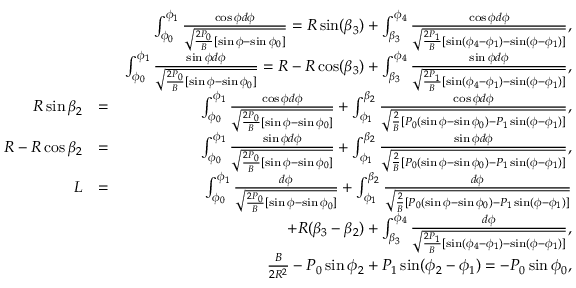
\begin{array} { r l r } & { } & { \int _ { \phi _ { 0 } } ^ { \phi _ { 1 } } \frac { \cos \phi d \phi } { \sqrt { \frac { 2 P _ { 0 } } { B } [ \sin \phi - \sin \phi _ { 0 } ] } } = R \sin ( \beta _ { 3 } ) + \int _ { \beta _ { 3 } } ^ { \phi _ { 4 } } \frac { \cos \phi d \phi } { \sqrt { \frac { 2 P _ { 1 } } { B } [ \sin ( \phi _ { 4 } - \phi _ { 1 } ) - \sin ( \phi - \phi _ { 1 } ) ] } } , } \\ & { } & { \int _ { \phi _ { 0 } } ^ { \phi _ { 1 } } \frac { \sin \phi d \phi } { \sqrt { \frac { 2 P _ { 0 } } { B } [ \sin \phi - \sin \phi _ { 0 } ] } } = R - R \cos ( \beta _ { 3 } ) + \int _ { \beta _ { 3 } } ^ { \phi _ { 4 } } \frac { \sin \phi d \phi } { \sqrt { \frac { 2 P _ { 1 } } { B } [ \sin ( \phi _ { 4 } - \phi _ { 1 } ) - \sin ( \phi - \phi _ { 1 } ) ] } } , } \\ { R \sin \beta _ { 2 } } & { = } & { \int _ { \phi _ { 0 } } ^ { \phi _ { 1 } } \frac { \cos \phi d \phi } { \sqrt { \frac { 2 P _ { 0 } } { B } [ \sin \phi - \sin \phi _ { 0 } ] } } + \int _ { \phi _ { 1 } } ^ { \beta _ { 2 } } \frac { \cos \phi d \phi } { \sqrt { \frac { 2 } { B } [ P _ { 0 } ( \sin \phi - \sin \phi _ { 0 } ) - P _ { 1 } \sin ( \phi - \phi _ { 1 } ) ] } } , } \\ { R - R \cos \beta _ { 2 } } & { = } & { \int _ { \phi _ { 0 } } ^ { \phi _ { 1 } } \frac { \sin \phi d \phi } { \sqrt { \frac { 2 P _ { 0 } } { B } [ \sin \phi - \sin \phi _ { 0 } ] } } + \int _ { \phi _ { 1 } } ^ { \beta _ { 2 } } \frac { \sin \phi d \phi } { \sqrt { \frac { 2 } { B } [ P _ { 0 } ( \sin \phi - \sin \phi _ { 0 } ) - P _ { 1 } \sin ( \phi - \phi _ { 1 } ) ] } } , } \\ { L } & { = } & { \int _ { \phi _ { 0 } } ^ { \phi _ { 1 } } \frac { d \phi } { \sqrt { \frac { 2 P _ { 0 } } { B } [ \sin \phi - \sin \phi _ { 0 } ] } } + \int _ { \phi _ { 1 } } ^ { \beta _ { 2 } } \frac { d \phi } { \sqrt { \frac { 2 } { B } [ P _ { 0 } ( \sin \phi - \sin \phi _ { 0 } ) - P _ { 1 } \sin ( \phi - \phi _ { 1 } ) ] } } } \\ & { } & { + R ( \beta _ { 3 } - \beta _ { 2 } ) + \int _ { \beta _ { 3 } } ^ { \phi _ { 4 } } \frac { d \phi } { \sqrt { \frac { 2 P _ { 1 } } { B } [ \sin ( \phi _ { 4 } - \phi _ { 1 } ) - \sin ( \phi - \phi _ { 1 } ) ] } } , } \\ & { } & { \frac { B } { 2 R ^ { 2 } } - P _ { 0 } \sin \phi _ { 2 } + P _ { 1 } \sin ( \phi _ { 2 } - \phi _ { 1 } ) = - P _ { 0 } \sin \phi _ { 0 } , } \end{array}